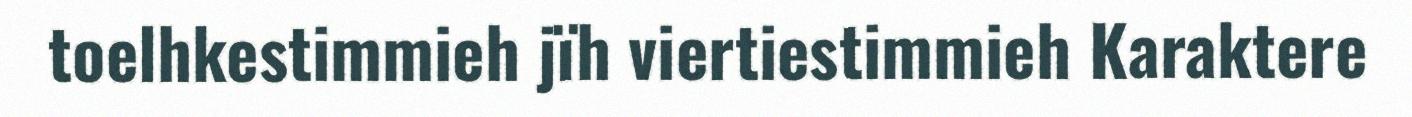
toelhkestimmieh jïh viertiestimmieh Karaktere